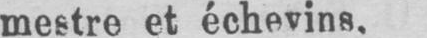
mestre et échevins.